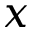
x